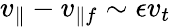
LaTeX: v_{\parallel}-v_{\parallel f}\sim\epsilon v_{t}